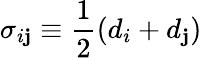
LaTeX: {\sigma_{i\mathbf{j}}\equiv\frac{{1}}{{2}}(d_{i}+d_{\mathbf{j}})}